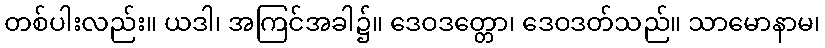
တစ်ပါးလည်း။ ယဒါ၊ အကြင်အခါ၌။ ဒေဝဒတ္တော၊ ဒေဝဒတ်သည်။ သာမောနာမ၊